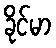
ခိုင်မာ